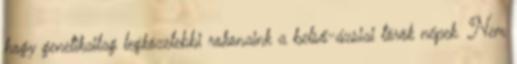
hogy genetikailag legközelebbi rokonaink a belső-ázsiai török népek. Nem